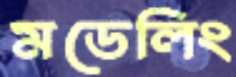
মডেলিং